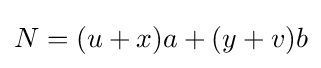
N=(u+x)a+(y+v)b